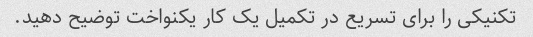
تکنیکی را برای تسریع در تکمیل یک کار یکنواخت توضیح دهید.